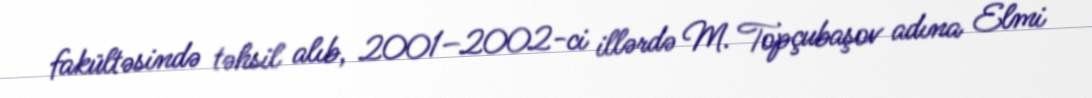
fakültəsində təhsil alıb, 2001–2002-ci illərdə M. Topçubaşov adına Elmi